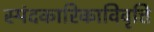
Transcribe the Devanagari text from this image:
स्पंदकारिकाविवृत्ति